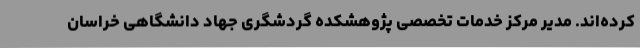
کرده‌اند. مدیر مرکز خدمات تخصصی پژوهشکده گردشگری جهاد دانشگاهی خراسان